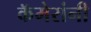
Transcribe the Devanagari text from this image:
कॅमेरांनी